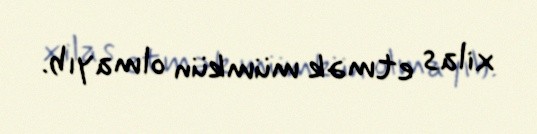
xilas etmək mümkün olmayıb.